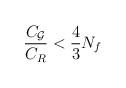
LaTeX: \begin{align*}\frac{C_{\cal G}}{C_R} < \frac{4}{3}N_f\end{align*}